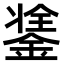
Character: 𨨼